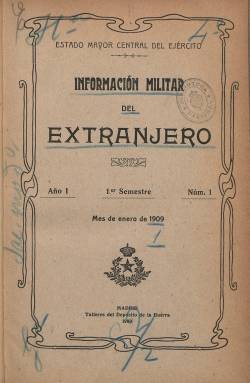
Título: Información militar del extranjero
Colección: Fuerzas armadas
Ámbito geográfico: Madrid
Lugar de publicación: Madrid
Fechas: 01/01/1909-31/12/1915

Es continuación de Resumen de la prensa militar extranjera y de la técnica nacional, que había estado publicándose mensualmente desde enero de 1902 a diciembre de 1908. Por una real orden del 9 de enero de 1909, cambia a este nuevo título, que será editado por el Estado Mayor Central del Ejército y estampado en los Talleres del Depósito de la Guerra. Comienza una nueva secuencia, con el año I, primer semestre y número 1, correspondiente a enero de ese año 1909. La numeración de las entregas y su foliación correlativa comenzará cada semestre. Cada número dispone del correspondiente índice o sumario, y cada semestre de un índice general. La composición tipográfica es a una columna, y las entregas tendrán entre 60 o más de un centenar de páginas.

Publicará artículos, informaciones y noticias sobre sanidad militar, táctica, instrucción y establecimientos de enseñanza militar, dotaciones y reposición de municiones, reglamentos tácticos, organización militar, aviación militar, maniobras, explosivos, ejercicios militares, marina de guerra, presupuestos de guerra, conflictos y guerras, armamentos, reclutamiento, historia militar, etc. Las informaciones seguirán estando agrupadas por países (Alemania, Francia, Inglaterra, Suiza, Japón, Brasil, Austria-Hungría, Méjico, etc.), y en secciones, como Índice de la prensa o Noticias del extranjero, con breves resúmenes de contenidos o sumarios de revistas y periódicos (incluidos los españoles).

Entre las publicaciones periódicas extranjeras de las que proceden gran parte de sus contenidos se encuentran Militär Wochenblatt, Streffeurs militärische zeits-chrift, Bulletin de la presse et de la bibliographie militaires, Revue d’artillería, Le Spectateur militaire, La Revue d’infanteríe, Journal des sciencies militaires o Militär zeitung, entre otras muchas. Tendrá también una Sección bibliográfica (de libros, revistas y periódicos), e insertará estados plegados de fuerzas militares de diversos países. También dará cuenta de informaciones con datos procedentes del propio Estado Mayor.

A partir de 1911 los tomos semestrales rondan las 600 páginas. La colección de la Biblioteca Nacional de España de este título acaba en el segundo semestre (julio-diciembre) de 1915.